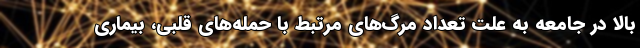
بالا در جامعه به علت تعداد مرگ‌های مرتبط با حمله‌های قلبی، بیماری